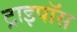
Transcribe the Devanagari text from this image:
ट्राइपॉस